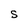
Character: S